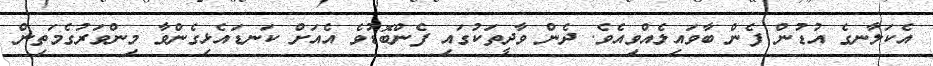
އެކަލާނގެ އުޑުން ފެން ބާވައިލެއްވިއެވެ. ދެން ވާދީތަކުގައި ފެންބޮޑުވެ އެއަށް ކަނޑައެޅިގެންވާ މިންވަރުގެމަތިން